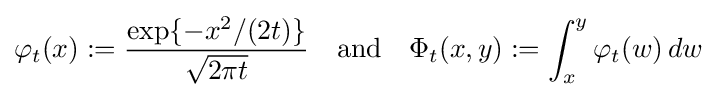
\varphi _{t}(x):={\frac {\exp\{-x^{2}/(2t)\}}{\sqrt {2\pi t}}}\quad {\text{and}}\quad \Phi _{t}(x,y):=\int _{x}^{y}\varphi _{t}(w)\,dw